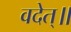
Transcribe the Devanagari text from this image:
वदेत्॥